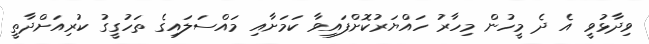
ވިދާޅުވީ އެ ދެ މީހުން މިހާރު ހައްޔަރުކޮށްފައިވާ ކަމަށާއި މައްސަލައިގެ ތަހުގީގު ކުރިއަށްދާތީ